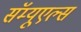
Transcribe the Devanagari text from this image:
सॅम्यूएल्स